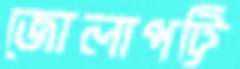
জোলাপট্টি